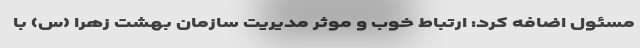
مسئول اضافه کرد: ارتباط خوب و موثر مدیریت سازمان بهشت زهرا (س) با